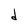
Character: d